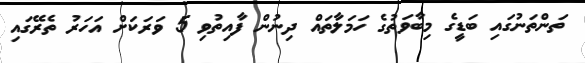
ތަންތަނުގައި ބަޑީގެ މިބާވަތުގެ ހަމަލާތައް ދިނުން ފާއިތުވި 5 ވަރަކަށް އަހަރު ތެރޭގައި